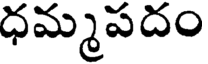
ధమ్మపదం